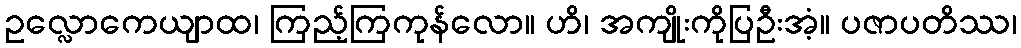
ဥလ္လောကေယျာထ၊ ကြည့်ကြကုန်လော။ ဟိ၊ အကျိုးကိုပြဦးအံ့။ ပဇာပတိဿ၊